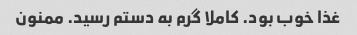
غذا خوب بود. کاملا گرم به دستم رسید. ممنون